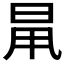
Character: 𣆎